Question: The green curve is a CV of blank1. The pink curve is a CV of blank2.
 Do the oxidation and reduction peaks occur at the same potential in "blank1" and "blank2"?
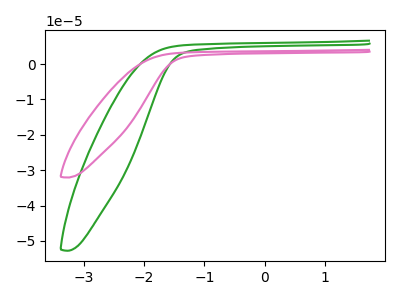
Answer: <think>The green curve "blank1" has no peaks. The pink curve "blank2" has no peaks.</think>
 <answer>Niether CV has any peaks.</answer>
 <eval>blanks</eval>